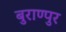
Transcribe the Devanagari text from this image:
बुराण्पुर